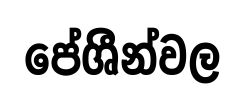
පේශීන්වල